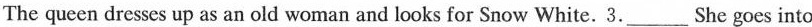
The queen dresses up as an old woman and looks for Snow White.3.___ She goes into